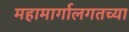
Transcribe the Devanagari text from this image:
महामार्गालगतच्या